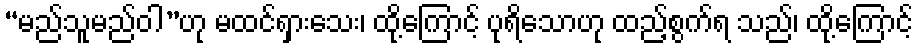
“မည်သူမည်ဝါ”ဟု မထင်ရှားသေး၊ ထို့ကြောင့် ပုရိသောဟု ထည့်စွက်ရ သည်၊ ထို့ကြောင့်